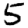
Digit: 5